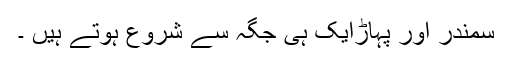
سمندر اور پہاڑایک ہی جگہ سے شروع ہوتے ہیں ۔